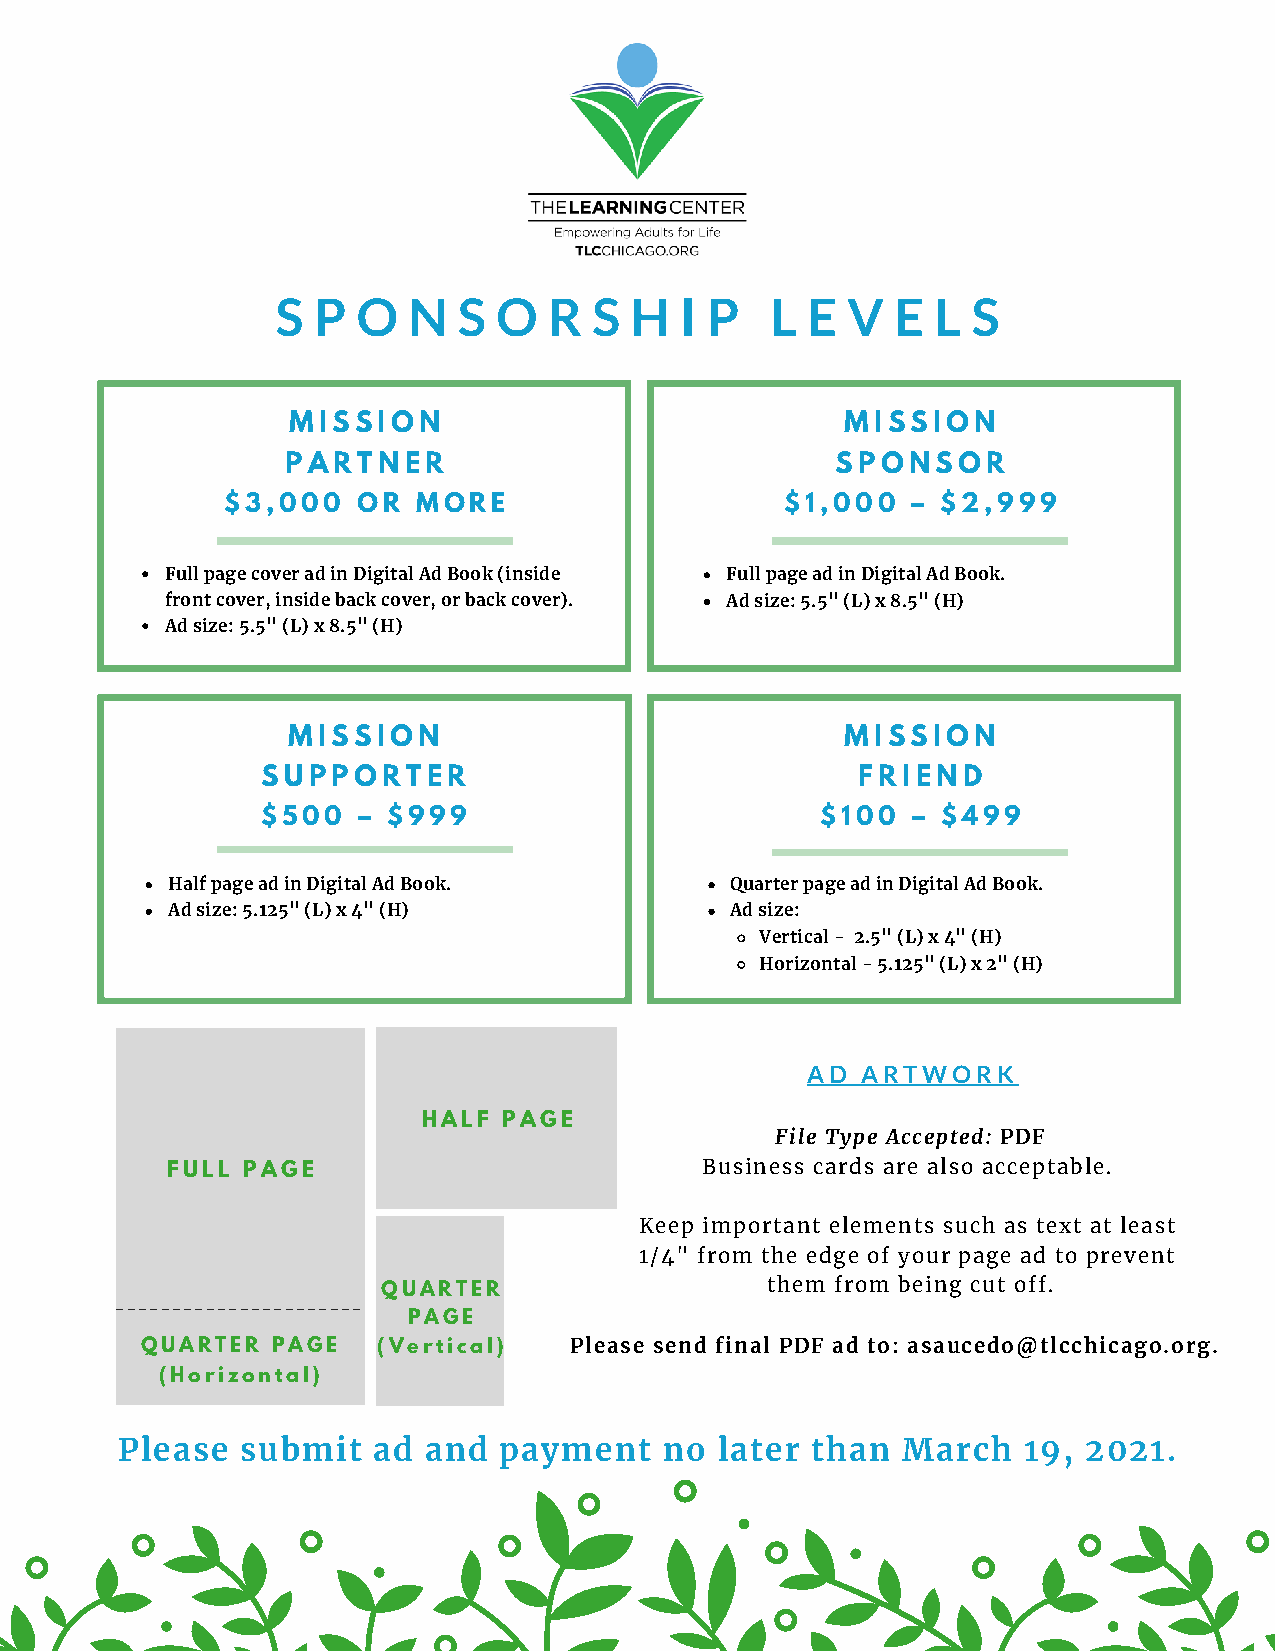
S  P  O  N  S  O  R  S  H  I P   L E  V  E  L S
 MISSION                              MISSION
 PARTNER                             SPONSOR
 $3,000   OR  MORE                    $1,000  – $2,999
 Full page cover ad in Digital Ad Book (inside Full page ad in Digital Ad Book.
 front cover, inside back cover, or back cover). Ad size: 5.5" (L) x 8.5" (H)
 Ad size: 5.5" (L) x 8.5" (H)
 MISSION                              MISSION
 SUPPORTER                               FRIEND
 $500   – $999                        $100  – $499
 Half page ad in Digital Ad Book.     Quarter page ad in Digital Ad Book.
 Ad size: 5.125" (L) x 4" (H)         Ad size:
 Vertical - 2.5" (L) x 4" (H)
 Horizontal - 5.125" (L) x 2" (H)
 AD  ARTWORK
 HALF PAGE
 File Type Accepted: PDF
 FULL PAGE                          Business cards are also acceptable.
 Keep important elements such as text at least
 1/4" from the edge of your page ad to prevent
 QUARTER                   them from being cut off.
 ----------------------
 PAGE
 QUARTER  PAGE   (Vertical)   Please send final PDF ad to: asaucedo@tlcchicago.org.
 (Horizontal)
 Please  submit   ad and  payment    no  later than  March   19, 2021.